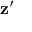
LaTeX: \mathbf { z } ^ { \prime }